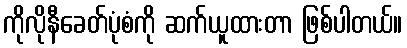
ကိုလိုနီခေတ်ပုံစံကို ဆက်ယူထားတာ ဖြစ်ပါတယ်။